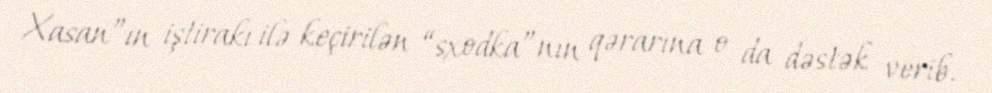
Xasan”ın iştirakı ilə keçirilən “sxodka”nın qərarına o da dəstək verib.